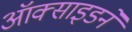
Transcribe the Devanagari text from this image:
ऑक्साइडने